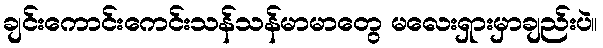
ချင်းကောင်းကေင်းသန်သန်မာမာတွေ မလေးရှားမှာချည်းပဲ။